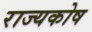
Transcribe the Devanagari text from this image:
राज्‍यकोष